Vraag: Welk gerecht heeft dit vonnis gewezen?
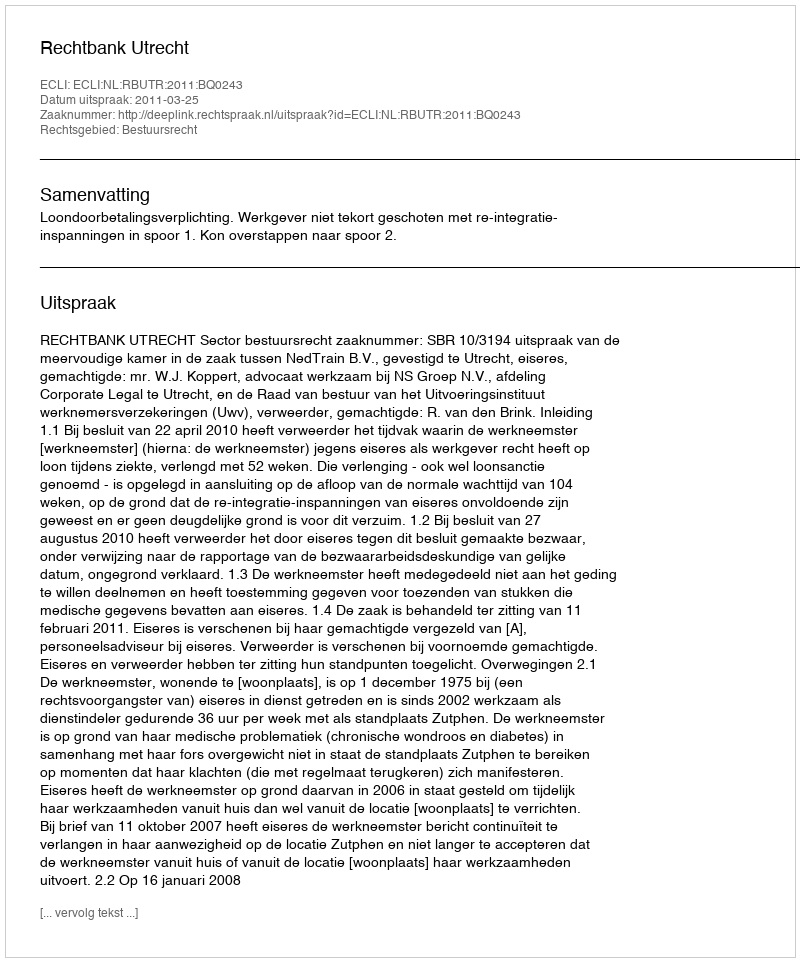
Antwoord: Rechtbank Utrecht